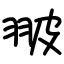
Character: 翍